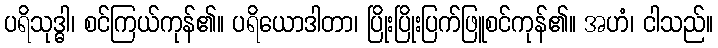
ပရိသုဒ္ဓါ၊ စင်ကြယ်ကုန်၏။ ပရိယောဒါတာ၊ ပြိုးပြိုးပြက်ဖြူစင်ကုန်၏။ အဟံ၊ ငါသည်။